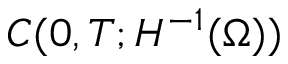
C ( 0 , T ; H ^ { - 1 } ( \Omega ) )